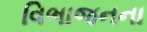
વિભાજનના